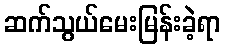
ဆက်သွယ်မေးမြန်းခဲ့ရာ